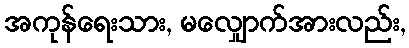
အကုန်ရေးသား, မလျှောက်အားလည်း,